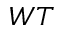
W T